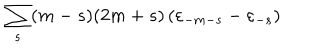
LaTeX: \sum _ { s } ( m - s ) ( 2 m + s ) \left( { \varepsilon } _ { - m - s } - { \varepsilon } _ { - s } \right)